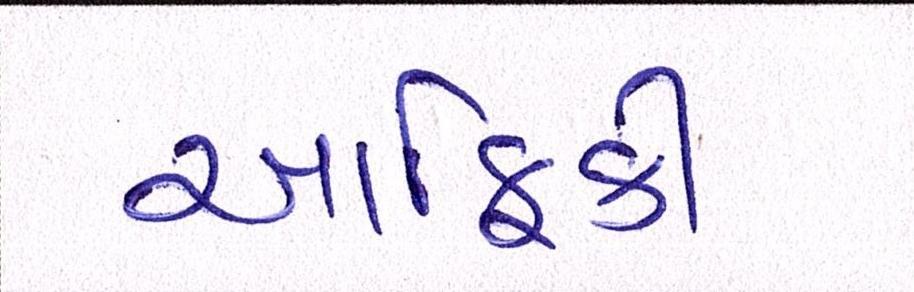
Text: આફ્રિકી